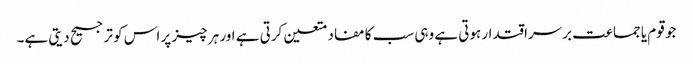
جو قوم یا جماعت برسراقتدار ہوتی ہے وہی سب کا مفاد متعین کرتی ہے اور ہر چیز پر اس کو ترجیح دیتی ہے۔